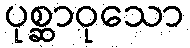
ပုစ္ဆာဝုသော